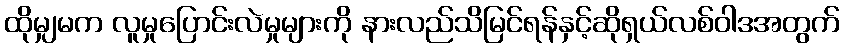
ထိုမျှမက လူမှုပြောင်းလဲမှုများကို နားလည်သိမြင်ရန်နှင့်ဆိုရှယ်လစ်ဝါဒအတွက်